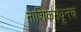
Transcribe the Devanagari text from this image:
नाशिकमधूनच